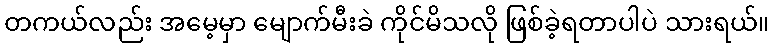
တကယ်လည်း အမေ့မှာ မျောက်မီးခဲ ကိုင်မိသလို ဖြစ်ခဲ့ရတာပါပဲ သားရယ်။